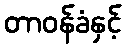
တာဝန်ခံနှင့်